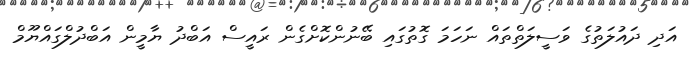
އަދި ދައުލަތުގެ ވަސީލަތްތައް ނަހަމަ ގޮތުގައި ބޭނުންކޮށްގެން ރައީސް އަބްދު ޔާމީން އަބްދުލްގައްޔޫމް